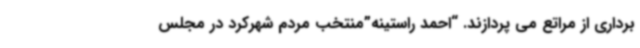
برداری از مراتع می پردازند. “احمد راستینه”منتخب مردم شهرکرد در مجلس